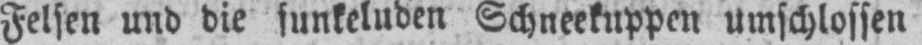
Felsen und die sunkeluden Schneekuppen umschlossen